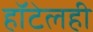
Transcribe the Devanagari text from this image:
हॉटेलही